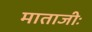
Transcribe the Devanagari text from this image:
माताजीः